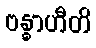
ဗန္ဓာဟီတိ